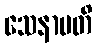
သေနာပတိ